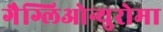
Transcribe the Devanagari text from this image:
गैग्लिओन्युरोमा